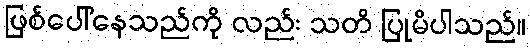
ဖြစ်ပေါ်နေသည်ကို လည်း သတိ ပြုမိပါသည်။